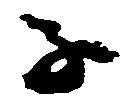
子